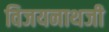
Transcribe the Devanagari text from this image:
विजयनाथजी